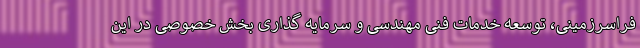
فراسرزمینی، توسعه خدمات فنی مهندسی و سرمایه گذاری بخش خصوصی در این